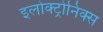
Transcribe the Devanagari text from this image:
इलोक्ट्रोनिक्स